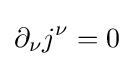
\partial _{\nu }j^{\nu }=0